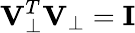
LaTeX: \mathbf{V}_{\bot}^{T}\mathbf{V}_{\bot}=\mathbf{I}